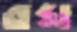
রঘ